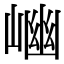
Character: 𡺖